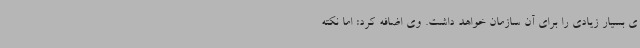
ی بسیار زیادی را برای آن سازمان خواهد داشت. وی اضافه کرد: اما نکته